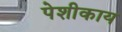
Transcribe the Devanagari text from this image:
पेशीकाय